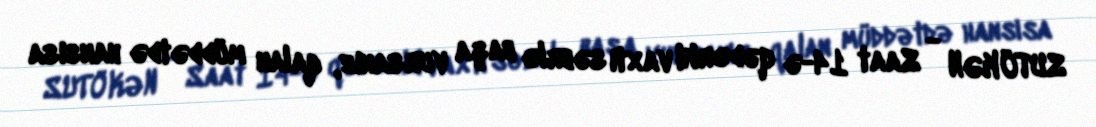
SUTÖKƏN - Saat 14-ə qədərki vaxtı səbrlə başa vursanız, qalan müddətdə hansısa